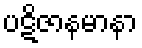
ပဋိဇာနမာနာ